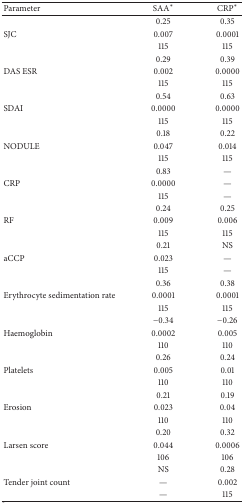
<table><thead><tr><td><b>Parameter</b></td><td><b>SAA*</b></td><td><b>CRP*</b></td></tr></thead><tbody><tr><td> </td><td>0.25</td><td>0.35</td></tr><tr><td> SJC</td><td>0.007</td><td>0.0001</td></tr><tr><td></td><td> 115</td><td>115</td></tr><tr><td> </td><td>0.29</td><td>0.39</td></tr><tr><td> DAS ESR</td><td>0.002</td><td>0.0000</td></tr><tr><td></td><td> 115</td><td>115</td></tr><tr><td> </td><td>0.54</td><td>0.63</td></tr><tr><td> SDAI</td><td>0.0000</td><td>0.0000</td></tr><tr><td></td><td> 115</td><td>115</td></tr><tr><td> </td><td>0.18</td><td>0.22</td></tr><tr><td> NODULE</td><td>0.047</td><td>0.014</td></tr><tr><td></td><td> 115</td><td>115</td></tr><tr><td> </td><td>0.83</td><td>—</td></tr><tr><td> CRP</td><td>0.0000</td><td>—</td></tr><tr><td></td><td> 115</td><td>—</td></tr><tr><td> </td><td>0.24</td><td>0.25</td></tr><tr><td> RF</td><td>0.009</td><td>0.006</td></tr><tr><td></td><td> 115</td><td>115</td></tr><tr><td> </td><td>0.21</td><td>NS</td></tr><tr><td> aCCP</td><td>0.023</td><td>—</td></tr><tr><td></td><td> 115</td><td>—</td></tr><tr><td> </td><td>0.36</td><td>0.38</td></tr><tr><td> Erythrocyte sedimentation rate</td><td>0.0001</td><td>0.0001</td></tr><tr><td></td><td> 115</td><td>115</td></tr><tr><td> </td><td>−0.34</td><td>−0.26</td></tr><tr><td> Haemoglobin</td><td>0.0002</td><td>0.005</td></tr><tr><td></td><td> 110</td><td>110</td></tr><tr><td> </td><td>0.26</td><td>0.24</td></tr><tr><td> Platelets</td><td>0.005</td><td>0.01</td></tr><tr><td></td><td> 110</td><td>110</td></tr><tr><td> </td><td>0.21</td><td>0.19</td></tr><tr><td> Erosion</td><td>0.023</td><td>0.04</td></tr><tr><td></td><td> 110</td><td>110</td></tr><tr><td> </td><td>0.20</td><td>0.32</td></tr><tr><td> Larsen score</td><td>0.044</td><td>0.0006</td></tr><tr><td> </td><td>106</td><td>106</td></tr><tr><td> </td><td>NS</td><td>0.28</td></tr><tr><td>Tender joint count</td><td>—</td><td>0.002</td></tr><tr><td> </td><td>—</td><td>115</td></tr></tbody></table>